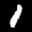
Label: 1